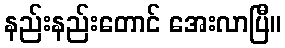
နည်းနည်းတောင် အေးလာပြီ။